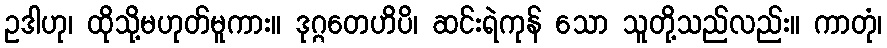
ဥဒါဟု၊ ထိုသို့မဟုတ်မူကား။ ဒုဂ္ဂတေဟိပိ၊ ဆင်းရဲကုန် သော သူတို့သည်လည်း။ ကာတုံ၊